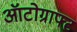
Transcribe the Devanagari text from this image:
ऑटोग्राफ्ट